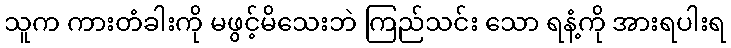
သူက ကားတံခါးကို မဖွင့်မိသေးဘဲ ကြည်သင်း သော ရနံ့ကို အားရပါးရ